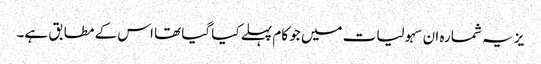
یز یہ شمارہ ان سہولیات میں جو کام پہلے کیا گیا تھا اس کے مطابق ہے۔